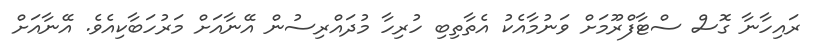
ރައިހާނާ ގޮސް ސްޓާފްރޫމަށް ވަނުމާއެކު އެތާތިބި ހުރިހާ މުދައްރިސުން އޭނާއަށް މަރުހަބާކިއެވެ. އޭނާއަށް